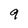
Character: 9